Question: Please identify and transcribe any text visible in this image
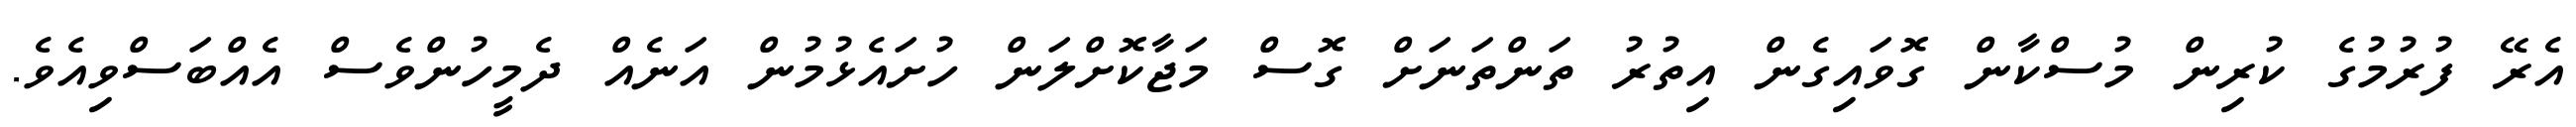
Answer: އެރޭ ފުރުމުގެ ކުރިން މުސްކާން ގޮވައިގެން އިތުރު ތަންތަނަށް ގޮސް މަޖާކޮށްލަން ހުށައެޅުމުން އަނެއް ދެމީހުންވެސް އެއްބަސްވިއެވެ.